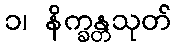
၁၊ နိက္ခန္တသုတ်